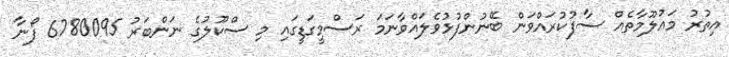
އިތުރު މަޢުލޫމާތެއް ސާފުކުރައްވަން ބޭނުންފުޅުވެލައްވާނަމަ ރަސްމީގަޑީގައި މި ސްކޫލުގެ ނަންބަރު 6780095 ފޯނާ